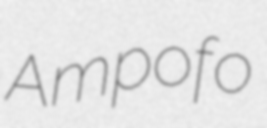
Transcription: Ampofo